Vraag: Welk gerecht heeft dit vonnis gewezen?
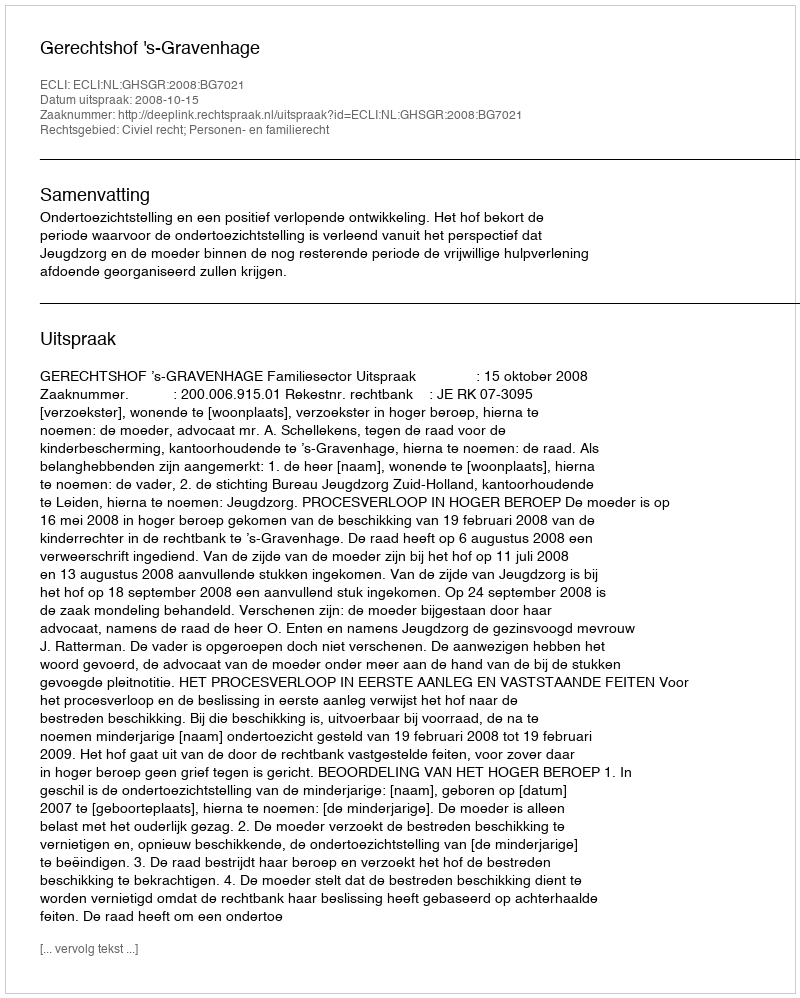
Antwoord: Gerechtshof 's-Gravenhage